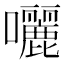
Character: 囇